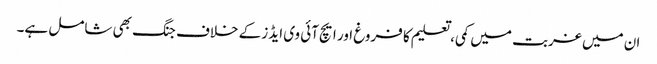
ان میں غربت میں کمی، تعلیم کا فروغ اور ایچ آئی وی ایڈز کے خلاف جنگ بھی شامل ہے۔